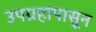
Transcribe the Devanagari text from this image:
उपग्रहांपासून